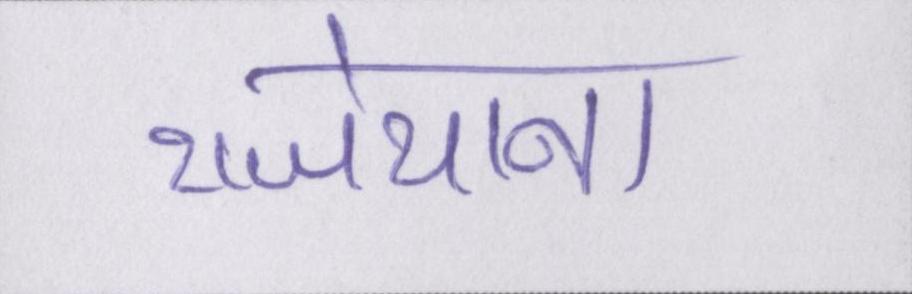
राजेयाना